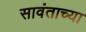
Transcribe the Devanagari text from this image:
सावंताच्या